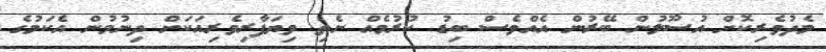
މެދުވެރިކޮށް އުސޫލުން ބޭރުން އެއްވެސް ބިޑު ކުރުމެއް ނެތި ވިޔަފާރިވެރިއަކަށް ދިނުމުން އެކަމުގެ